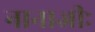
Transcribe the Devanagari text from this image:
नानाजीः